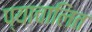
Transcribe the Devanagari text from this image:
प्याचालित